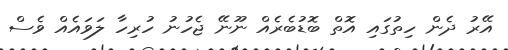
އޭރު ދެން ހިތުގައި އޮތް ބޮޑުބެރެއް ނޫނޭ ޖެހުނު ހުރިހާ ލަވައެއް ވެސް